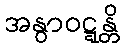
အနွာဝဋ္ဋန္တိ